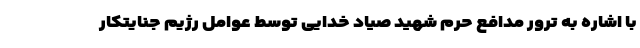
با اشاره به ترور مدافع حرم شهید صیاد خدایی توسط عوامل رژیم جنایتکار